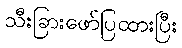
သီးခြားဖော်ပြထားပြီး